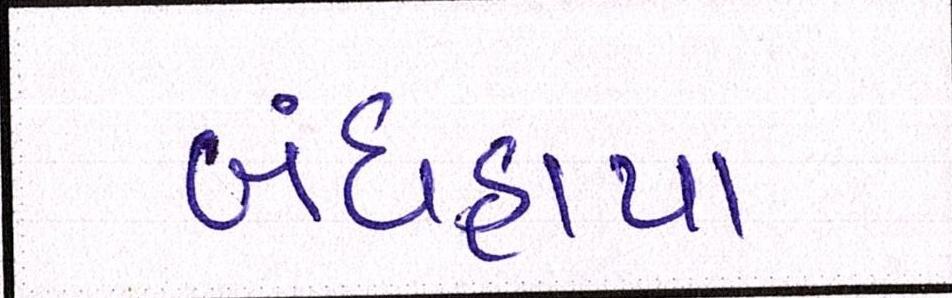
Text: બંધહાપા